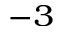
^ { - 3 }